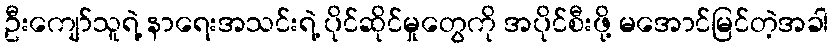
ဦးကျော်သူရဲ့ နာရေးအသင်းရဲ့ ပိုင်ဆိုင်မှုတွေကို အပိုင်စီးဖို့ မအောင်မြင်တဲ့အခါ